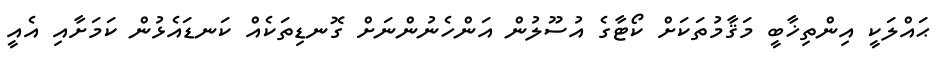
ޙައްލަކީ އިންތިޚާބީ މަޤާމުތަކަށް ކޯޓާގެ އުސޫލުން އަންހެނުންނަށް ގޮނޑިތަކެއް ކަނޑައެޅުން ކަމަށާއި އެއީ